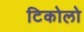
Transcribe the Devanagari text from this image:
टिकोलो